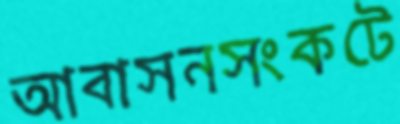
আবাসনসংকটে